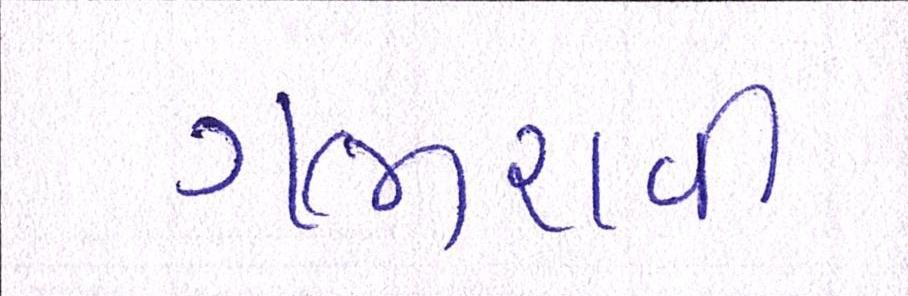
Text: ગભરાવી